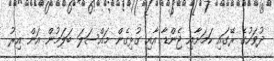
ދުވަހުގެ ރޭގައި ކަމަށާއި ޖެންޑާ އާއި ގުޅިގެން މައްސަލަ ބަލަމުން އަން އިރު